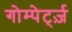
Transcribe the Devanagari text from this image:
गोम्पेर्ट्ज़